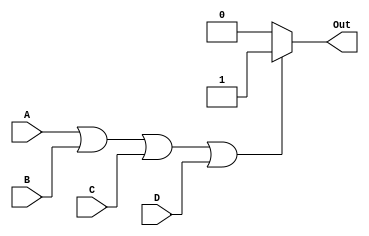
module or_gate (
    input A,
    input B,
    input C,
    input D,
    output reg Out
);

always @* begin
    if (A || B || C || D) begin
        Out = 1;
    end else begin
        Out = 0;
    end
end

endmodule